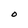
Character: O